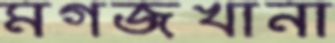
মগজখানা